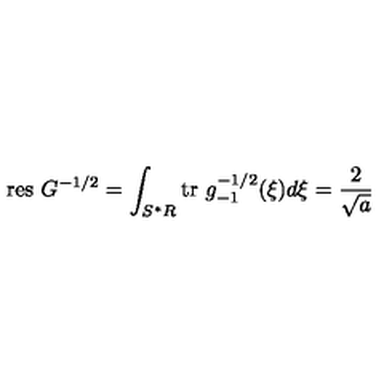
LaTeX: \mathrm { r e s } \ G ^ { - 1 / 2 } = \int _ { S ^ { * } R } \mathrm { t r } \ g _ { - 1 } ^ { - 1 / 2 } ( \xi ) d \xi = \frac { 2 } { \sqrt { a } }